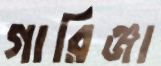
গারিঞ্জা